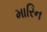
મારિન